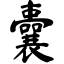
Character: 囊